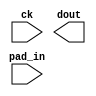

module altddio_input_3bit (
	ck,
	dout,
	pad_in);	

	input		ck;
	output	[7:0]	dout;
	input	[3:0]	pad_in;
endmodule